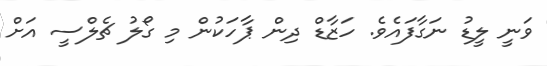
ވަނީ ލީޑު ނަގާފައެވެ. ހަޒާޑް ދިން ޕާހަކުން މި ގޯލު ޗެލްސީ އަށް